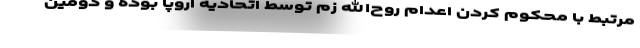
مرتبط با محکوم کردن اعدام روح‌الله زم توسط اتحادیه اروپا بوده و دومین